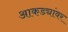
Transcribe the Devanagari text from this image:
आकड्यांवर